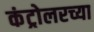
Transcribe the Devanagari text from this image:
कंट्रोलरच्या